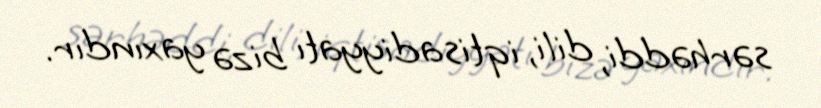
sərhəddi, dili, iqtisadiyyatı bizə yaxındır.